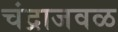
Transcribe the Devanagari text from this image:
चंद्राजवळ